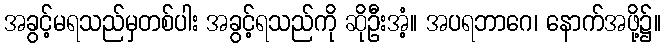
အခွင့်မရသည်မှတစ်ပါး အခွင့်ရသည်ကို ဆိုဦးအံ့။ အပရဘာဂေ၊ နောက်အဖို့၌။